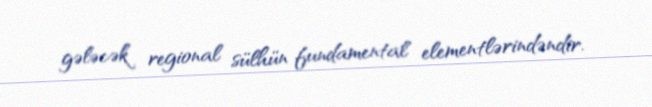
gələcək regional sülhün fundamental elementlərindəndir.